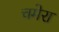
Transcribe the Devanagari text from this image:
चमेरा